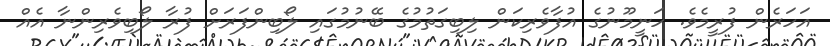
އަހަރެން ފުރީމެވެ. ހަނީމޫނުގެ އުފާވެރިކަން ލިބިގަތުމުގެ ބޭނުމުގައި ލޯބިންފަރަށް ފުރާ ލޯބިވެރިންނާ އެއް